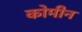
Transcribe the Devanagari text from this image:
कोमीन